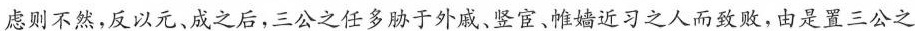
虑则不然，反以元、成之后，三公之任多胁于外戚、竖宦、帷嫱近习之人而致敢，由是置三公之